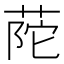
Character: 𦱆